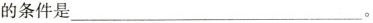
的条件是___ 。